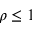
\rho \le 1